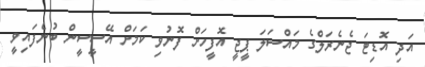
އަދި އޮޑިޓަ ޖެނެރަލްގެ މައްސަލަ ޕީޖީ އޮފީހަށް ފޮނުވި ކަމަށް އޭސީސީން ބުނެފައިވީ